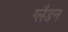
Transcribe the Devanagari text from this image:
ग्लैडन